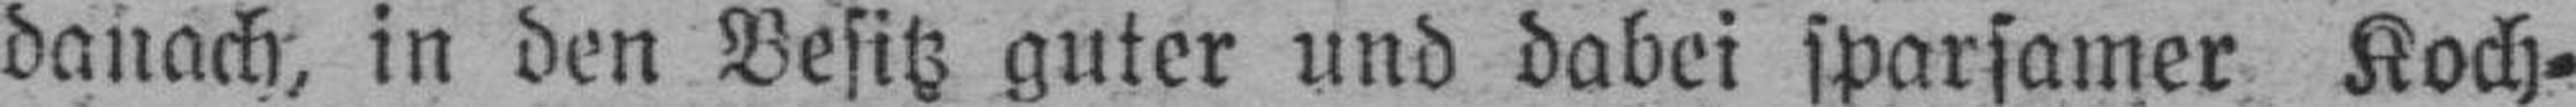
danach, in den Besitz guter und dabei sparsamer Koch¬